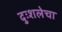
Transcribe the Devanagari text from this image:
दुःशलेचा